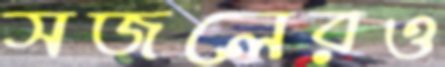
সজলেরও